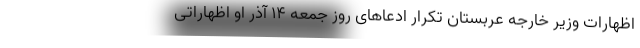
اظهارات وزیر خارجه عربستان تکرار ادعاهای روز جمعه ۱۴ آذر او اظهاراتی